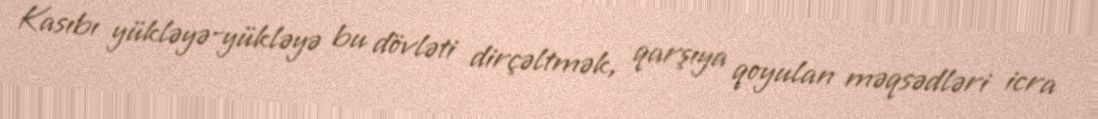
Kasıbı yükləyə-yükləyə bu dövləti dirçəltmək, qarşıya qoyulan məqsədləri icra